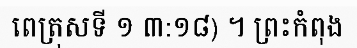
ពេត្រុសទី ១ ៣:១៨) ។ ព្រះកំពុង